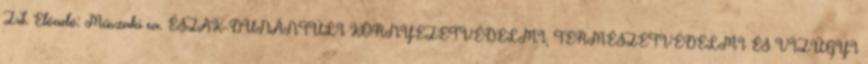
Zrt. Előadó: Műszaki ea. ÉSZAK-DUNÁNTÚLI KÖRNYEZETVÉDELMI, TERMÉSZETVÉDELMI ÉS VÍZÜGYI